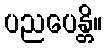
ပညပေန္တိ။